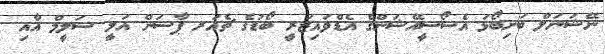
ނޭޝަނަލް ބަށިބޯޅަ އެސޯސީއޭޝަންގެ އެޑްވައިޒަރީ ބޯޑުގެ ޗެއަރ ޕާސަން އަލީ ސަލީމް އާއި